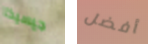
جيسيكا أفضل